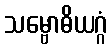
သမ္ဗောဓိယဂ္ဂံ